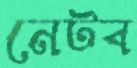
নেটব